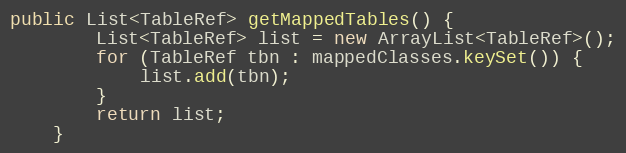
Language: Java
public List<TableRef> getMappedTables() {
        List<TableRef> list = new ArrayList<TableRef>();
        for (TableRef tbn : mappedClasses.keySet()) {
            list.add(tbn);
        }
        return list;
    }